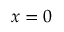
\boldsymbol { x } = 0